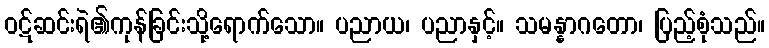
ဝဋ်ဆင်းရဲ၏ကုန်ခြင်းသို့ရောက်သော။ ပညာယ၊ ပညာနှင့်။ သမန္နာဂတော၊ ပြည့်စုံသည်။